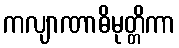
ကလျာဏာဓိမုတ္တိကာ